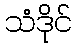
သံဒိုင်